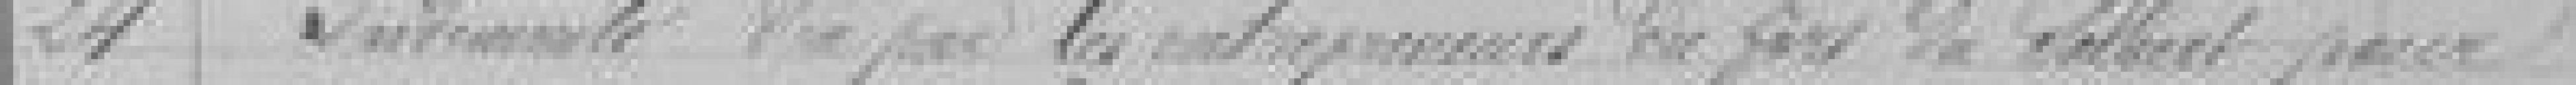
24. Indemnités du ?? les entrepreneurs du ?? du Salbert pour